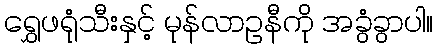
ရွှေဖရုံသီးနှင့် မုန်လာဥနီကို အခွံခွာပါ။